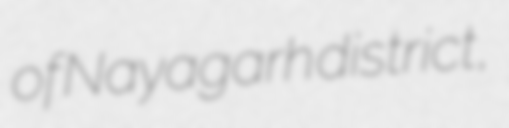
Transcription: of Nayagarh district,